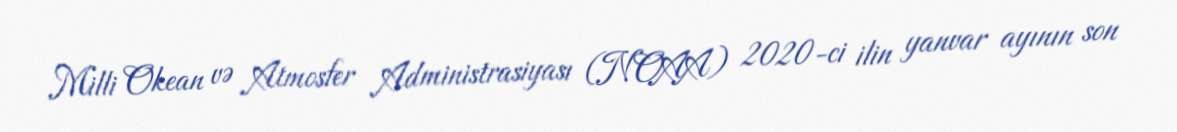
Milli Okean və Atmosfer Administrasiyası (NOAA) 2020-ci ilin yanvar ayının son